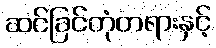
ဆင်ခြင်တုံတရားနှင့်